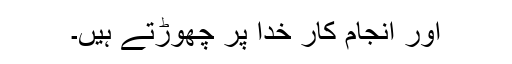
اور انجام کار خدا پر چھوڑتے ہیں۔